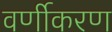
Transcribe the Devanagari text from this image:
वर्णीकरण